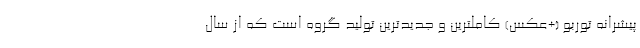
پیشرانه توربو (+عکس) کاملترین و جدیدترین تولید گروه است که از سال